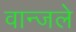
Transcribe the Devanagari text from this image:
वान्जले